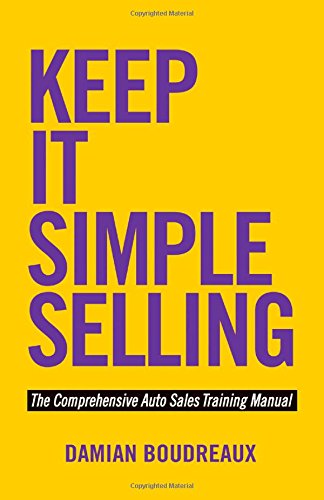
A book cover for Keep It Simple Selling: The Comprehensive Auto Sales Training Manual; Damian Boudreaux; Business & Money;